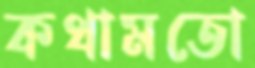
কথামতো